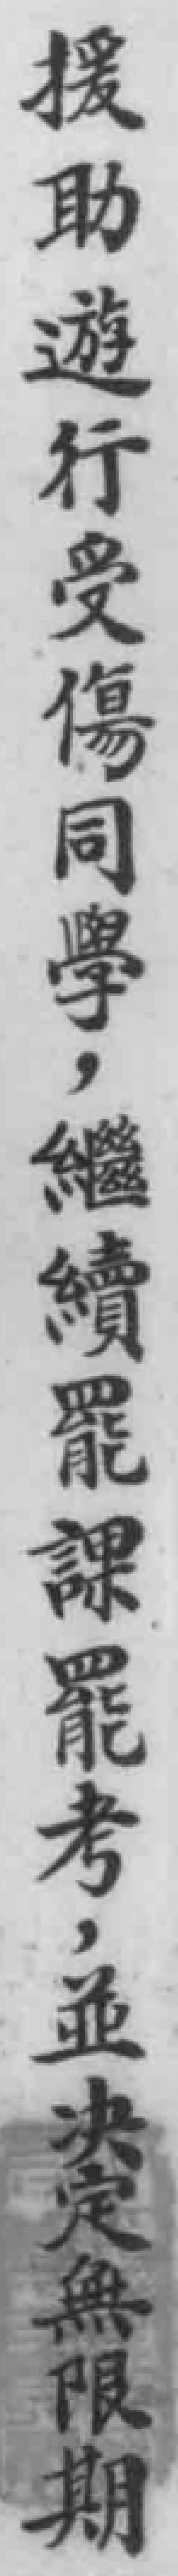
援助遊行受傷同學，繼續罷課罷考，並决定無限期